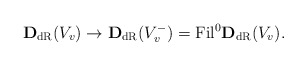
\begin{align*}{\bf D}_{\rm dR}(V_{v})\to {\bf D}_{\rm dR}(V_{v}^{-})={\rm Fil}^{0}{\bf D}_{\rm dR}(V_{v}).\end{align*}